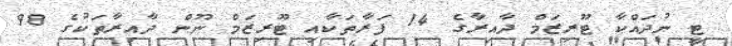
ޓީ ނުދައްކާ ޓޫރިޒަމް ދާއިރާގެ 14 ފަރާތަކާއި ޓޫރިޒަމް ނޫން ދާއިރާތަކުގެ 98